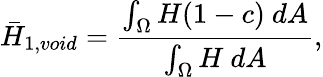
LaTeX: \bar{H}_{1,void}=\frac{\int_{\Omega}H(1-c)~dA}{\int_{\Omega}H~dA},